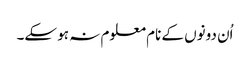
اُن دونوں کے نام معلوم نہ ہو سکے۔